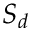
S _ { d }